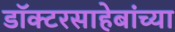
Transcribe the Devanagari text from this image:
डॉक्टरसाहेबांच्या